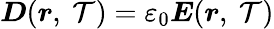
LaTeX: {\boldsymbol{D}}({\boldsymbol{r}},\ \mathcal{T})=\varepsilon_{0}{\boldsymbol{E}}({\boldsymbol{r}},\ \mathcal{T})